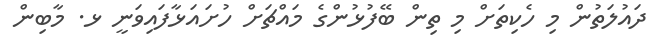
ދައުލަތުން މި ހެކިތަށް މި ތިން ބޭފުޅުންގެ މައްޗަށް ހުށައަޅާފައިވަނީ ޅ. މާބިން